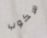
سكوب